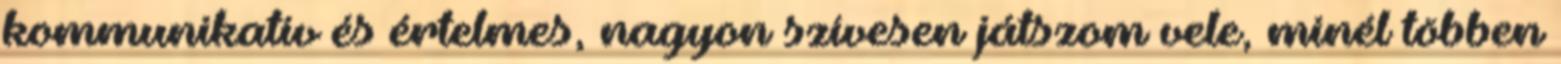
kommunikatív és értelmes, nagyon szívesen játszom vele, minél többen